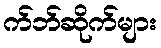
က်ဘ်ဆိုက်များ